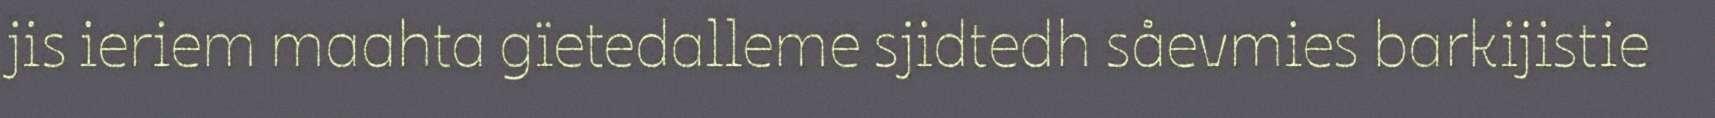
jis ieriem maahta gïetedalleme sjidtedh såevmies barkijistie